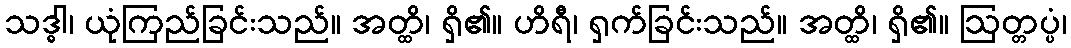
သဒ္ဓါ၊ ယုံကြည်ခြင်းသည်။ အတ္ထိ၊ ရှိ၏။ ဟိရီ၊ ရှက်ခြင်းသည်။ အတ္ထိ၊ ရှိ၏။ ဩတ္တပ္ပံ၊